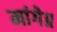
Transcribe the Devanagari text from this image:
मांगे॥